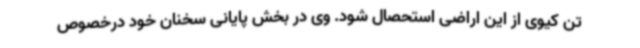
تن کیوی از این اراضی استحصال شود. وی در بخش پایانی سخنان خود درخصوص